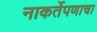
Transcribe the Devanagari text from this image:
नाकर्तेपणाचा